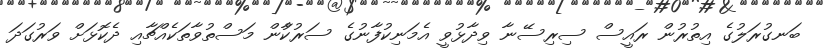
ބަނގުރަލުގެ އިތުރުން ރައީސް ސިރިސޭނާ ވިދާޅުވީ އެމަނިކުފާނުގެ ސަރުކާުން މަސްތުވާތަކެއްޗާއި ދެކޮޅަށް ވަރުގަދަ